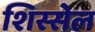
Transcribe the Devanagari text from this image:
शिस्सेल